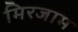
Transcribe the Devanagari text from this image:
मिरजाम